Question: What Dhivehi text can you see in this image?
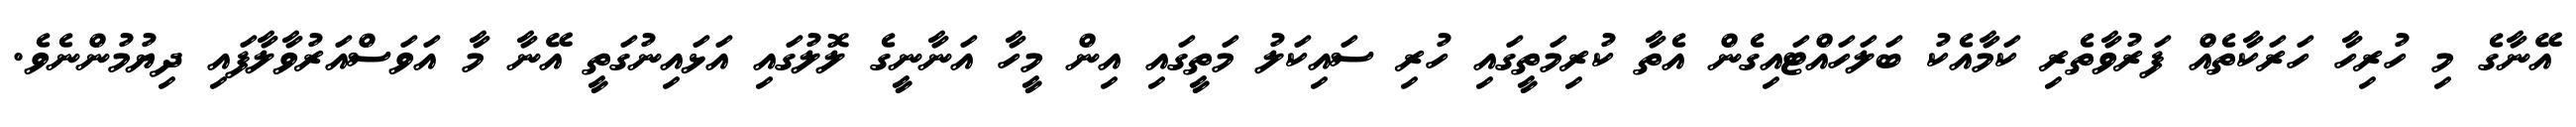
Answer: އޭނާގެ މި ހުރިހާ ހަރަކާތެއް ފަރުވާތެރި ކަމާއެކު ބަލަހައްޓައިގެން އެތާ ކުރިމަތީގައި ހުރި ސައިކަލު މަތީގައި އިން މީހާ އަނާނީގެ ލޮލުގައި އަޅައިނުގަތީ އޭނާ މާ އަވަސްއަރުވާލާފައި ދިޔުމުންނެވެ.